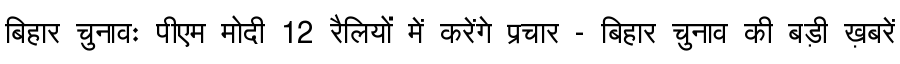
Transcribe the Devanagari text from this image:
बिहार चुनावः पीएम मोदी 12 रैलियों में करेंगे प्रचार - बिहार चुनाव की बड़ी ख़बरें